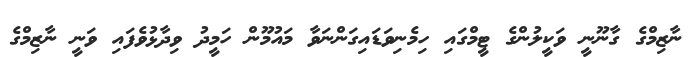
ނާޒިމްގެ ގާނޫނީ ވަކީލުންގެ ޓީމްގައި ހިމެނިވަޑައިގަންނަވާ މައުމޫން ހަމީދު ވިދާޅުވެފައި ވަނީ ނާޒިމްގެ